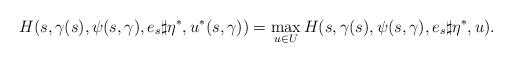
LaTeX: \begin{align*}H(s,\gamma(s),\psi(s,\gamma),e_s\sharp\eta^*,u^*(s,\gamma))=\max_{u\in U}H(s,\gamma(s),\psi(s,\gamma),e_s\sharp\eta^*,u).\end{align*}